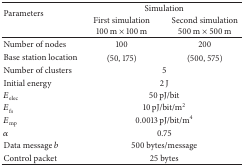
| <ROWSPAN=2> Parameters | <COLSPAN=2> Simulation |
 | First simulation 100 m × 100 m | Second simulation 500 m × 500 m |
 | --- | --- | --- |
 | Number of nodes | 100 | 200 |
 | Base station location | (50, 175) | (500, 575) |
 | Number of clusters | <COLSPAN=2> 5 |
 | Initial energy | <COLSPAN=2> 2 J |
 | Eelec | <COLSPAN=2> 50 pJ/bit |
 | Efs | <COLSPAN=2> 10 pJ/bit/m2 |
 | Emp | <COLSPAN=2> 0.0013 pJ/bit/m4 |
 | α | <COLSPAN=2> 0.75 |
 | Data message b | <COLSPAN=2> 500 bytes/message |
 | Control packet | <COLSPAN=2> 25 bytes |